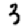
Digit: 3